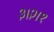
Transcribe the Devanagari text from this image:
३।२।१